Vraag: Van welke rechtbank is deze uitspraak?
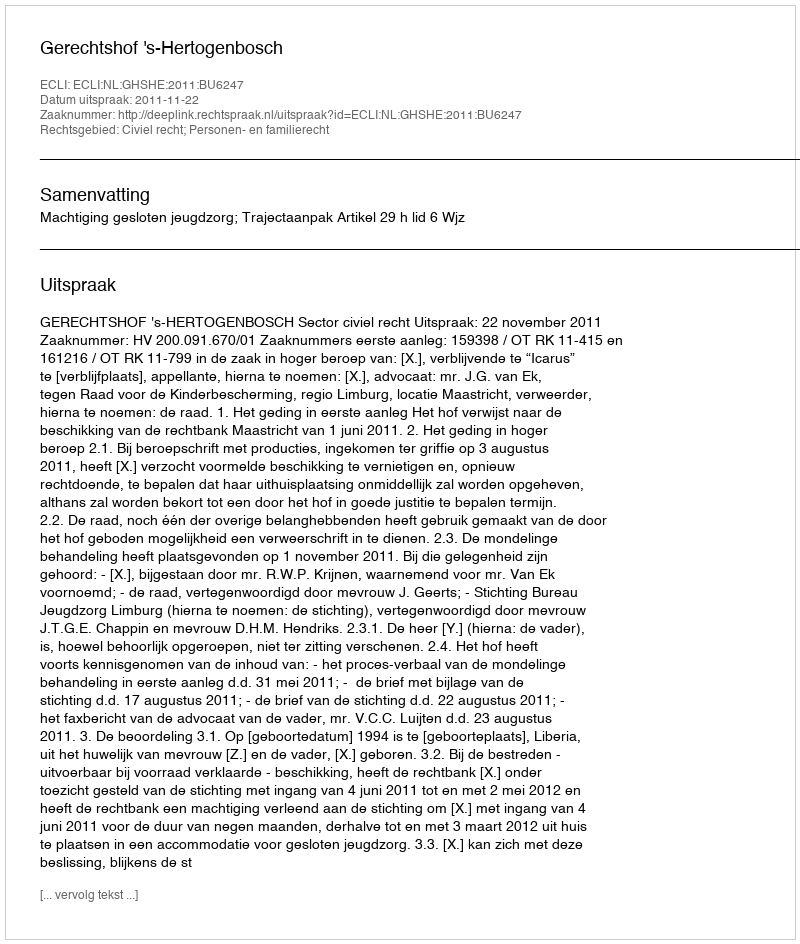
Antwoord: Gerechtshof 's-Hertogenbosch